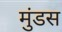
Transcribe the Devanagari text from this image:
मुंडस